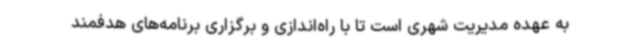
به عهده مدیریت شهری است تا با راه‌اندازی و برگزاری برنامه‌های هدفمند